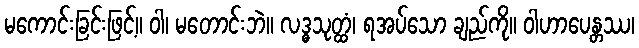
မကောင်းခြင်းဖြင့်။ ဝါ၊ မတောင်းဘဲ။ လဒ္ဓသုတ္ထံ၊ ရအပ်သော ချည်ကို။ ဝါဟာပေန္တဿ၊